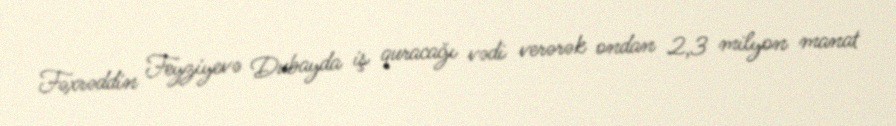
Fəxrəddin Feyziyevə Dubayda iş quracağı vədi verərək ondan 2,3 milyon manat